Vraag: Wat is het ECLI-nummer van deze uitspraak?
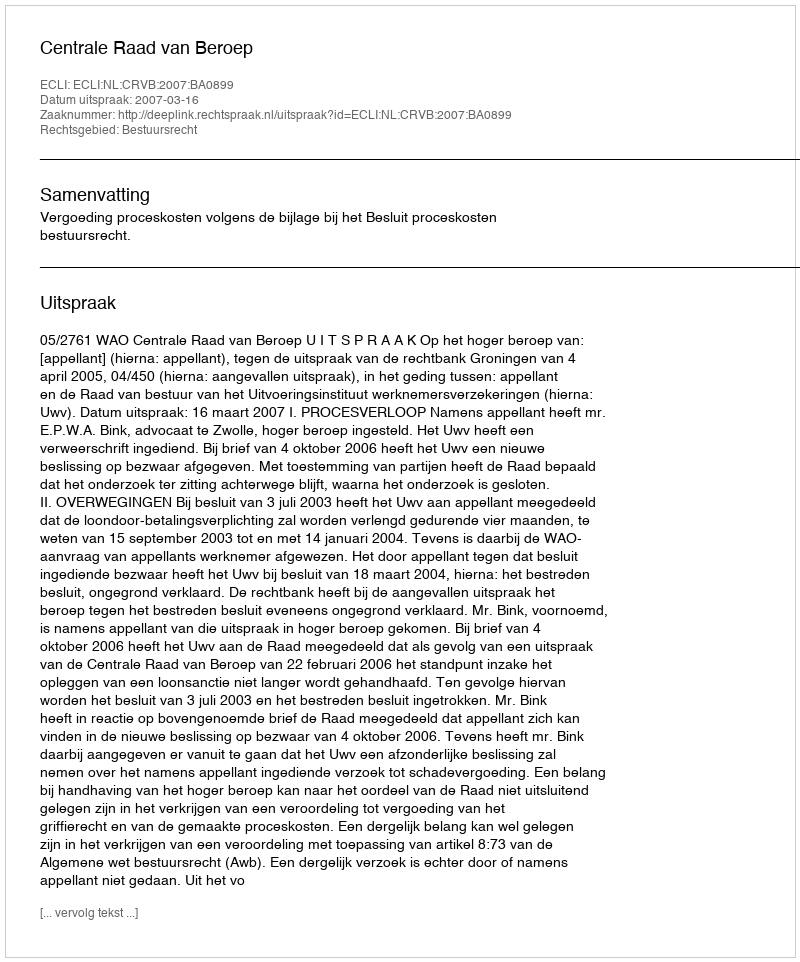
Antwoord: ECLI:NL:CRVB:2007:BA0899